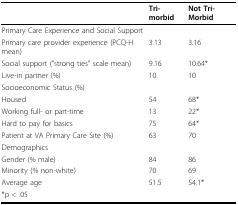
<table><thead><tr><td></td><td><b>Tri-morbid</b></td><td><b>Not Tri-Morbid</b></td></tr></thead><tbody><tr><td>Primary Care Experience and Social Support</td><td></td><td></td></tr><tr><td>Primary care provider experience (PCQ-H mean)</td><td>3.13</td><td>3.16</td></tr><tr><td>Social support (“strong ties” scale mean)</td><td>9.16</td><td>10.64*</td></tr><tr><td>Live-in partner (%)</td><td>10</td><td>10</td></tr><tr><td>Socioeconomic Status (%)</td><td></td><td></td></tr><tr><td>Housed</td><td>54</td><td>68*</td></tr><tr><td>Working full- or part-time</td><td>13</td><td>22*</td></tr><tr><td>Hard to pay for basics</td><td>75</td><td>64*</td></tr><tr><td>Patient at VA Primary Care Site (%)</td><td>63</td><td>70</td></tr><tr><td>Demographics</td><td></td><td></td></tr><tr><td>Gender (% male)</td><td>84</td><td>86</td></tr><tr><td>Minority (% non-white)</td><td>70</td><td>69</td></tr><tr><td>Average age</td><td>51.5</td><td>54.1*</td></tr><tr><td>*p &lt; .05</td><td></td><td></td></tr></tbody></table>